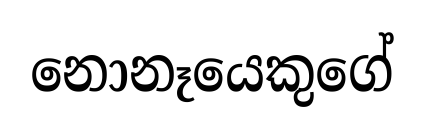
නොනෑයෙකුගේ